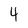
Character: 4